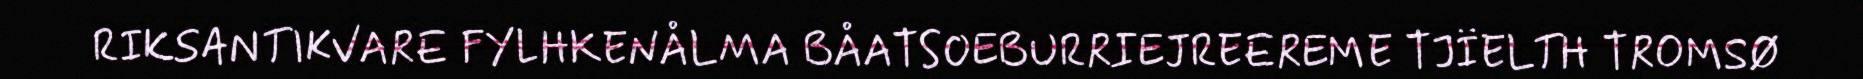
RIKSANTIKVARE FYLHKENÅLMA BÅATSOEBURRIEJREEREME TJÏELTH TROMSØ